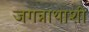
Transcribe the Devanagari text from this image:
जगन्नाथाशी